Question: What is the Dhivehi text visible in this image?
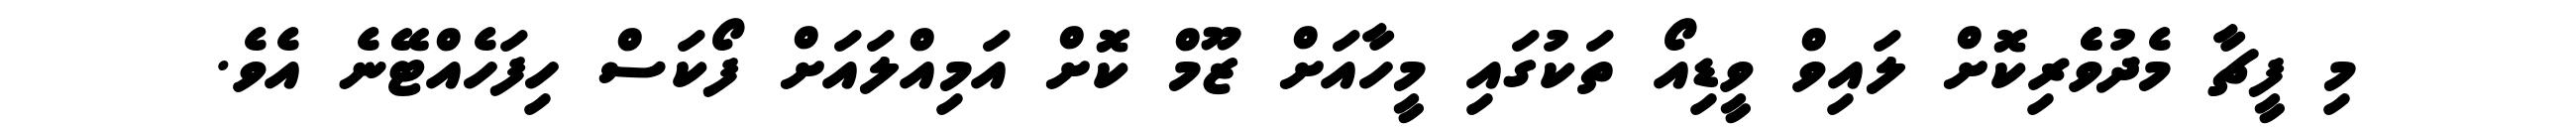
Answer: މި ފީޗާ މެދުވެެރިކޮށް ލައިވް ވީޑިއޯ ތަކުގައި މީހާއަށް ޒޫމް ކޮށް އަމިއްލައަށް ފޯކަސް ހިފަހެއްޓޭނެ އެވެ.